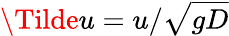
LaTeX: \Tilde{u}=u/\sqrt{gD}